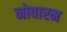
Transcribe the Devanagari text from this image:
नोवारम